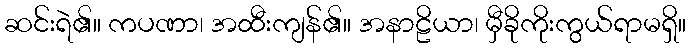
ဆင်းရဲ၏။ ကပဏာ၊ အထီးကျန်၏။ အနာဠိယာ၊ မှီခိုကိုးကွယ်ရာမရှိ။